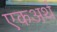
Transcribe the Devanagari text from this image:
एकअर्थ